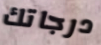
درجاتك